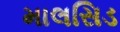
માલસિડ